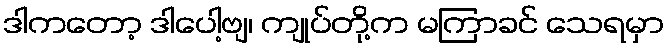
ဒါကတော့ ဒါပေါ့ဗျ၊ ကျုပ်တို့က မကြာခင် သေရမှာ